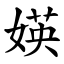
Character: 媖